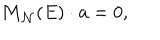
LaTeX: { \bf M } _ { { \cal N } } ( E ) \cdot { \bf a } = 0 ,